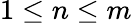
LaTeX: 1\leq n\leq m